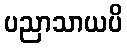
ပညာသာယပိ